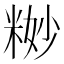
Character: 𱹉